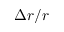
\Delta r / r